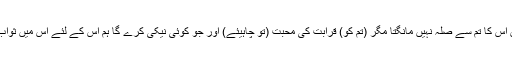
کہہ دو کہ میں اس کا تم سے صلہ نہیں مانگتا مگر (تم کو) قرابت کی محبت (تو چاہیئے) اور جو کوئی نیکی کرے گا ہم اس کے لئے اس میں ثواب بڑھائیں گے۔